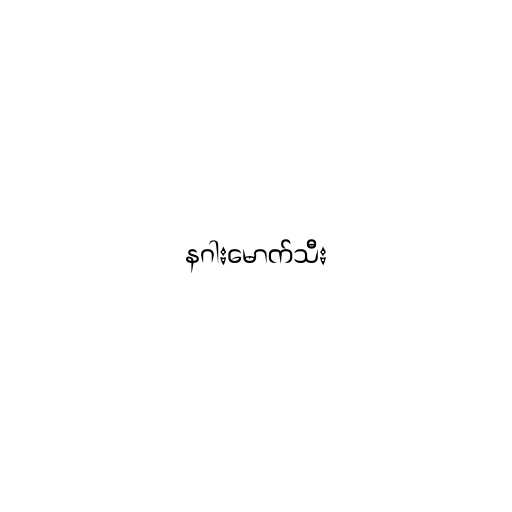
နဂါးမောက်သီး